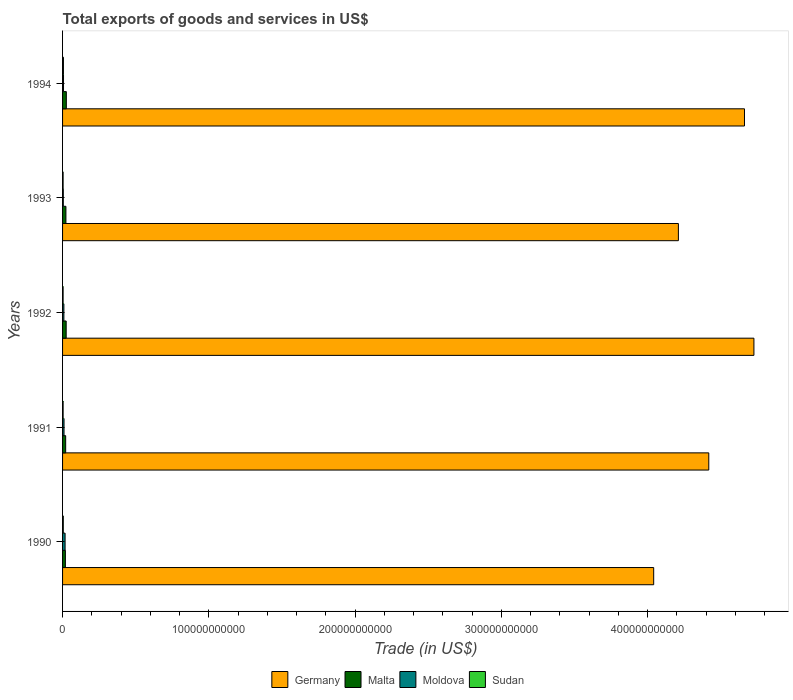
| Years | Germany | Malta | Moldova | Sudan |
 | --- | --- | --- | --- | --- |
 | 1990 | 4.04e+11 | 1.93e+09 | 1.73e+09 | 4.99e+08 |
 | 1991 | 4.42e+11 | 2.13e+09 | 1e+09 | 3.8e+08 |
 | 1992 | 4.73e+11 | 2.47e+09 | 9.03e+08 | 3.69e+08 |
 | 1993 | 4.21e+11 | 2.3e+09 | 5.01e+08 | 3.76e+08 |
 | 1994 | 4.66e+11 | 2.58e+09 | 6.51e+08 | 6e+08 |